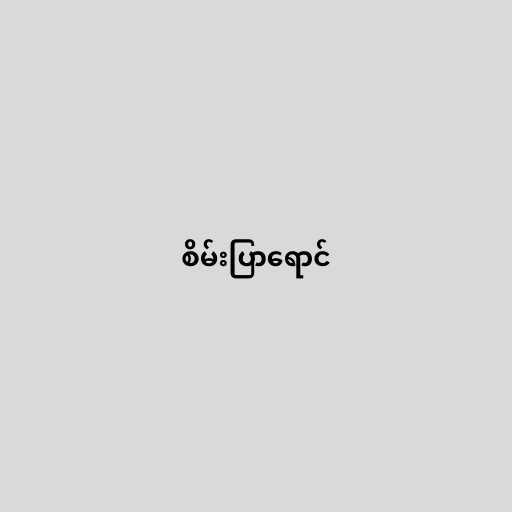
စိမ်းပြာရောင်